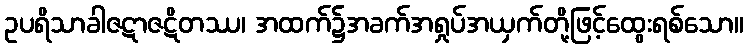
ဥပရိသာခါဇဋာဇဋိတဿ၊ အထက်၌အခက်အရှုပ်အယှက်တို့ဖြင့်ထွေးရစ်သော။